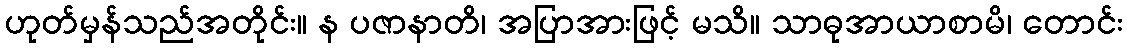
ဟုတ်မှန်သည်အတိုင်း။ န ပဇာနာတိ၊ အပြာအားဖြင့် မသိ။ သာဓုအာယာစာမိ၊ တောင်း